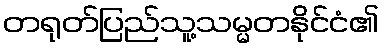
တရုတ်ပြည်သူ့သမ္မတနိုင်ငံ၏